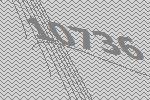
10736